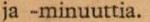
ja -minuuttia.